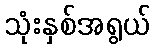
သုံးနှစ်အရွယ်